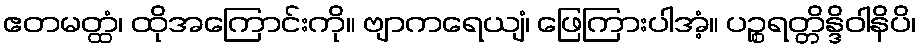
ဧတမတ္ထံ၊ ထိုအကြောင်းကို။ ဗျာကရေယျံ၊ ဖြေကြားပါအံ့။ ပဉ္စရတ္တိန္ဒိဝါနိပိ၊